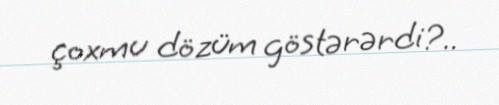
çoxmu dözüm göstərərdi?..